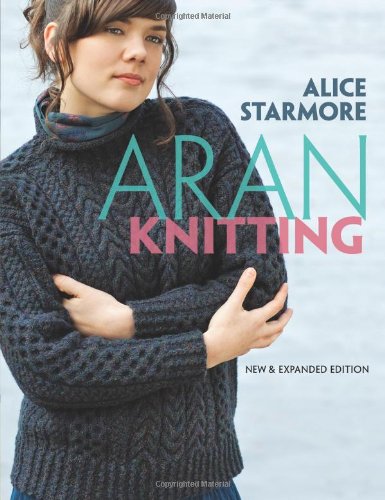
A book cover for Aran Knitting, Expanded Edition; Alice Starmore; Crafts, Hobbies & Home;